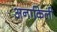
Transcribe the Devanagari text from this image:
अनाकिली